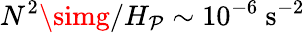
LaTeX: N^{2}\simg/H_{\mathcal{P}}\sim10^{-6}~\mathrm{{s^{-2}}}